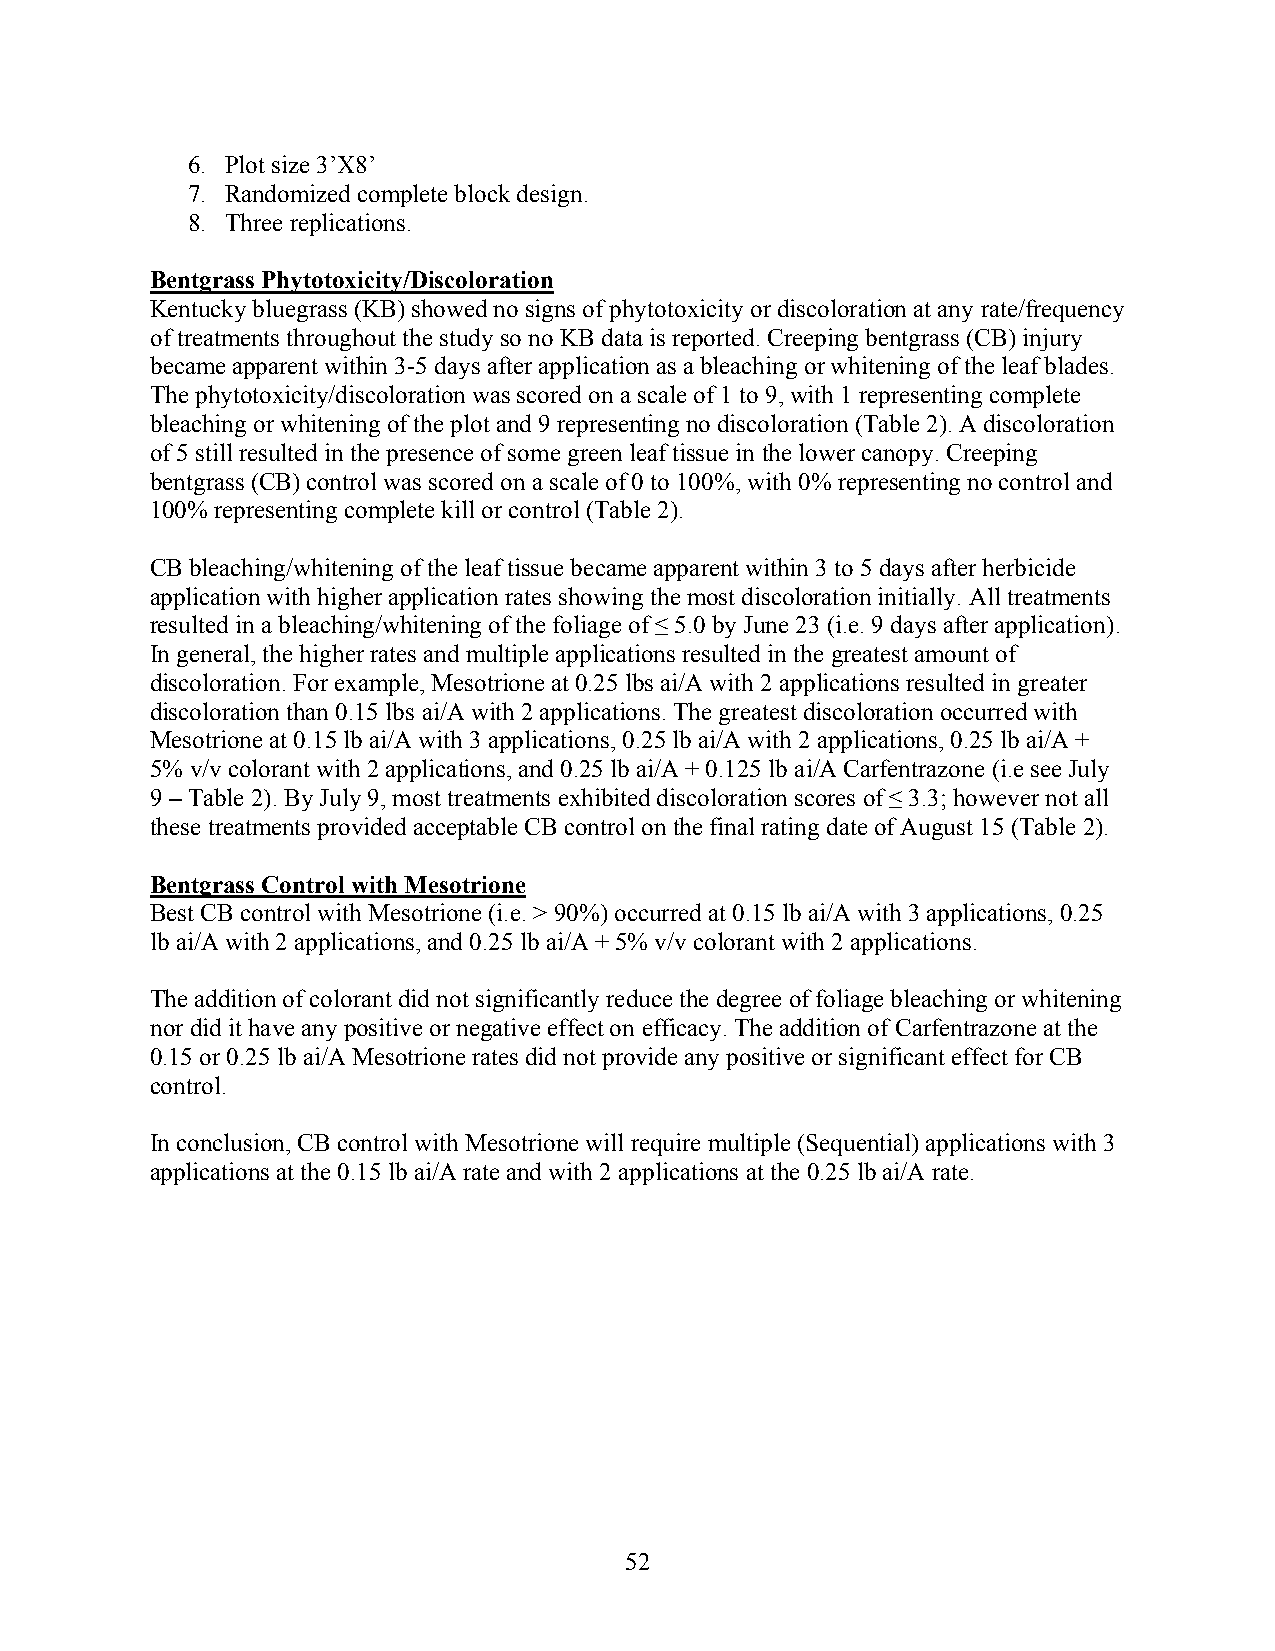
6. Plot size 3’X8’
 7. Randomized complete block design.
 8. Three replications.
 Bentgrass Phytotoxicity/Discoloration
 Kentucky bluegrass (KB) showed no signs of phytotoxicity or discoloration at any rate/frequency
 of treatments throughout the study so no KB data is reported. Creeping bentgrass (CB) injury
 became apparent within 3-5 days after application as a bleaching or whitening of the leaf blades.
 The phytotoxicity/discoloration was scored on a scale of 1 to 9, with 1 representing complete
 bleaching or whitening of the plot and 9 representing no discoloration (Table 2). A discoloration
 of 5 still resulted in the presence of some green leaf tissue in the lower canopy. Creeping
 bentgrass (CB) control was scored on a scale of 0 to 100%, with 0% representing no control and
 100% representing complete kill or control (Table 2).
 CB bleaching/whitening of the leaf tissue became apparent within 3 to 5 days after herbicide
 application with higher application rates showing the most discoloration initially. All treatments
 resulted in a bleaching/whitening of the foliage of ≤ 5.0 by June 23 (i.e. 9 days after application).
 In general, the higher rates and multiple applications resulted in the greatest amount of
 discoloration. For example, Mesotrione at 0.25 lbs ai/A with 2 applications resulted in greater
 discoloration than 0.15 lbs ai/A with 2 applications. The greatest discoloration occurred with
 Mesotrione at 0.15 lb ai/A with 3 applications, 0.25 lb ai/A with 2 applications, 0.25 lb ai/A +
 5% v/v colorant with 2 applications, and 0.25 lb ai/A + 0.125 lb ai/A Carfentrazone (i.e see July
 9 – Table 2). By July 9, most treatments exhibited discoloration scores of ≤ 3.3; however not all
 these treatments provided acceptable CB control on the final rating date of August 15 (Table 2).
 Bentgrass Control with Mesotrione
 Best CB control with Mesotrione (i.e. > 90%) occurred at 0.15 lb ai/A with 3 applications, 0.25
 lb ai/A with 2 applications, and 0.25 lb ai/A + 5% v/v colorant with 2 applications.
 The addition of colorant did not significantly reduce the degree of foliage bleaching or whitening
 nor did it have any positive or negative effect on efficacy. The addition of Carfentrazone at the
 0.15 or 0.25 lb ai/A Mesotrione rates did not provide any positive or significant effect for CB
 control.
 In conclusion, CB control with Mesotrione will require multiple (Sequential) applications with 3
 applications at the 0.15 lb ai/A rate and with 2 applications at the 0.25 lb ai/A rate.
 52